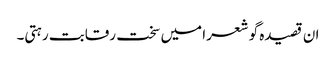
ان قصیدہ گو شعرا میں سخت رقابت رہتی۔